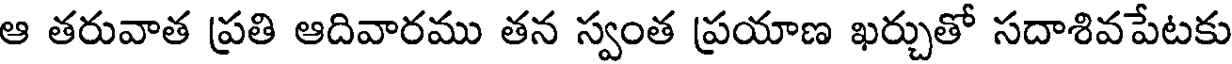
ఆ తరువాత ప్రతి ఆదివారము తన స్వంత ప్రయాణ ఖర్చుతో సదాశివపేటకు